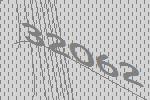
32062